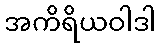
အကိရိယဝါဒါ